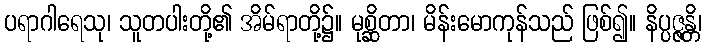
ပရာဂါရေသု၊ သူတပါးတို့၏ အိမ်ရာတို့၌။ မုစ္ဆိတာ၊ မိန်းမောကုန်သည် ဖြစ်၍။ နိပ္ပဇ္ဇန္တိ၊